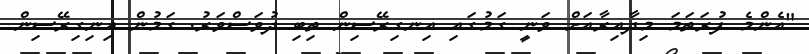
"އެންމެ ފުރަތަމަ މިދާއިރާއަށް ވަނީ ގަމުގައި އިނގިރޭސިން ތިބި ދުވަސްވަރު. ގަމުން އިނިގިރޭސިން